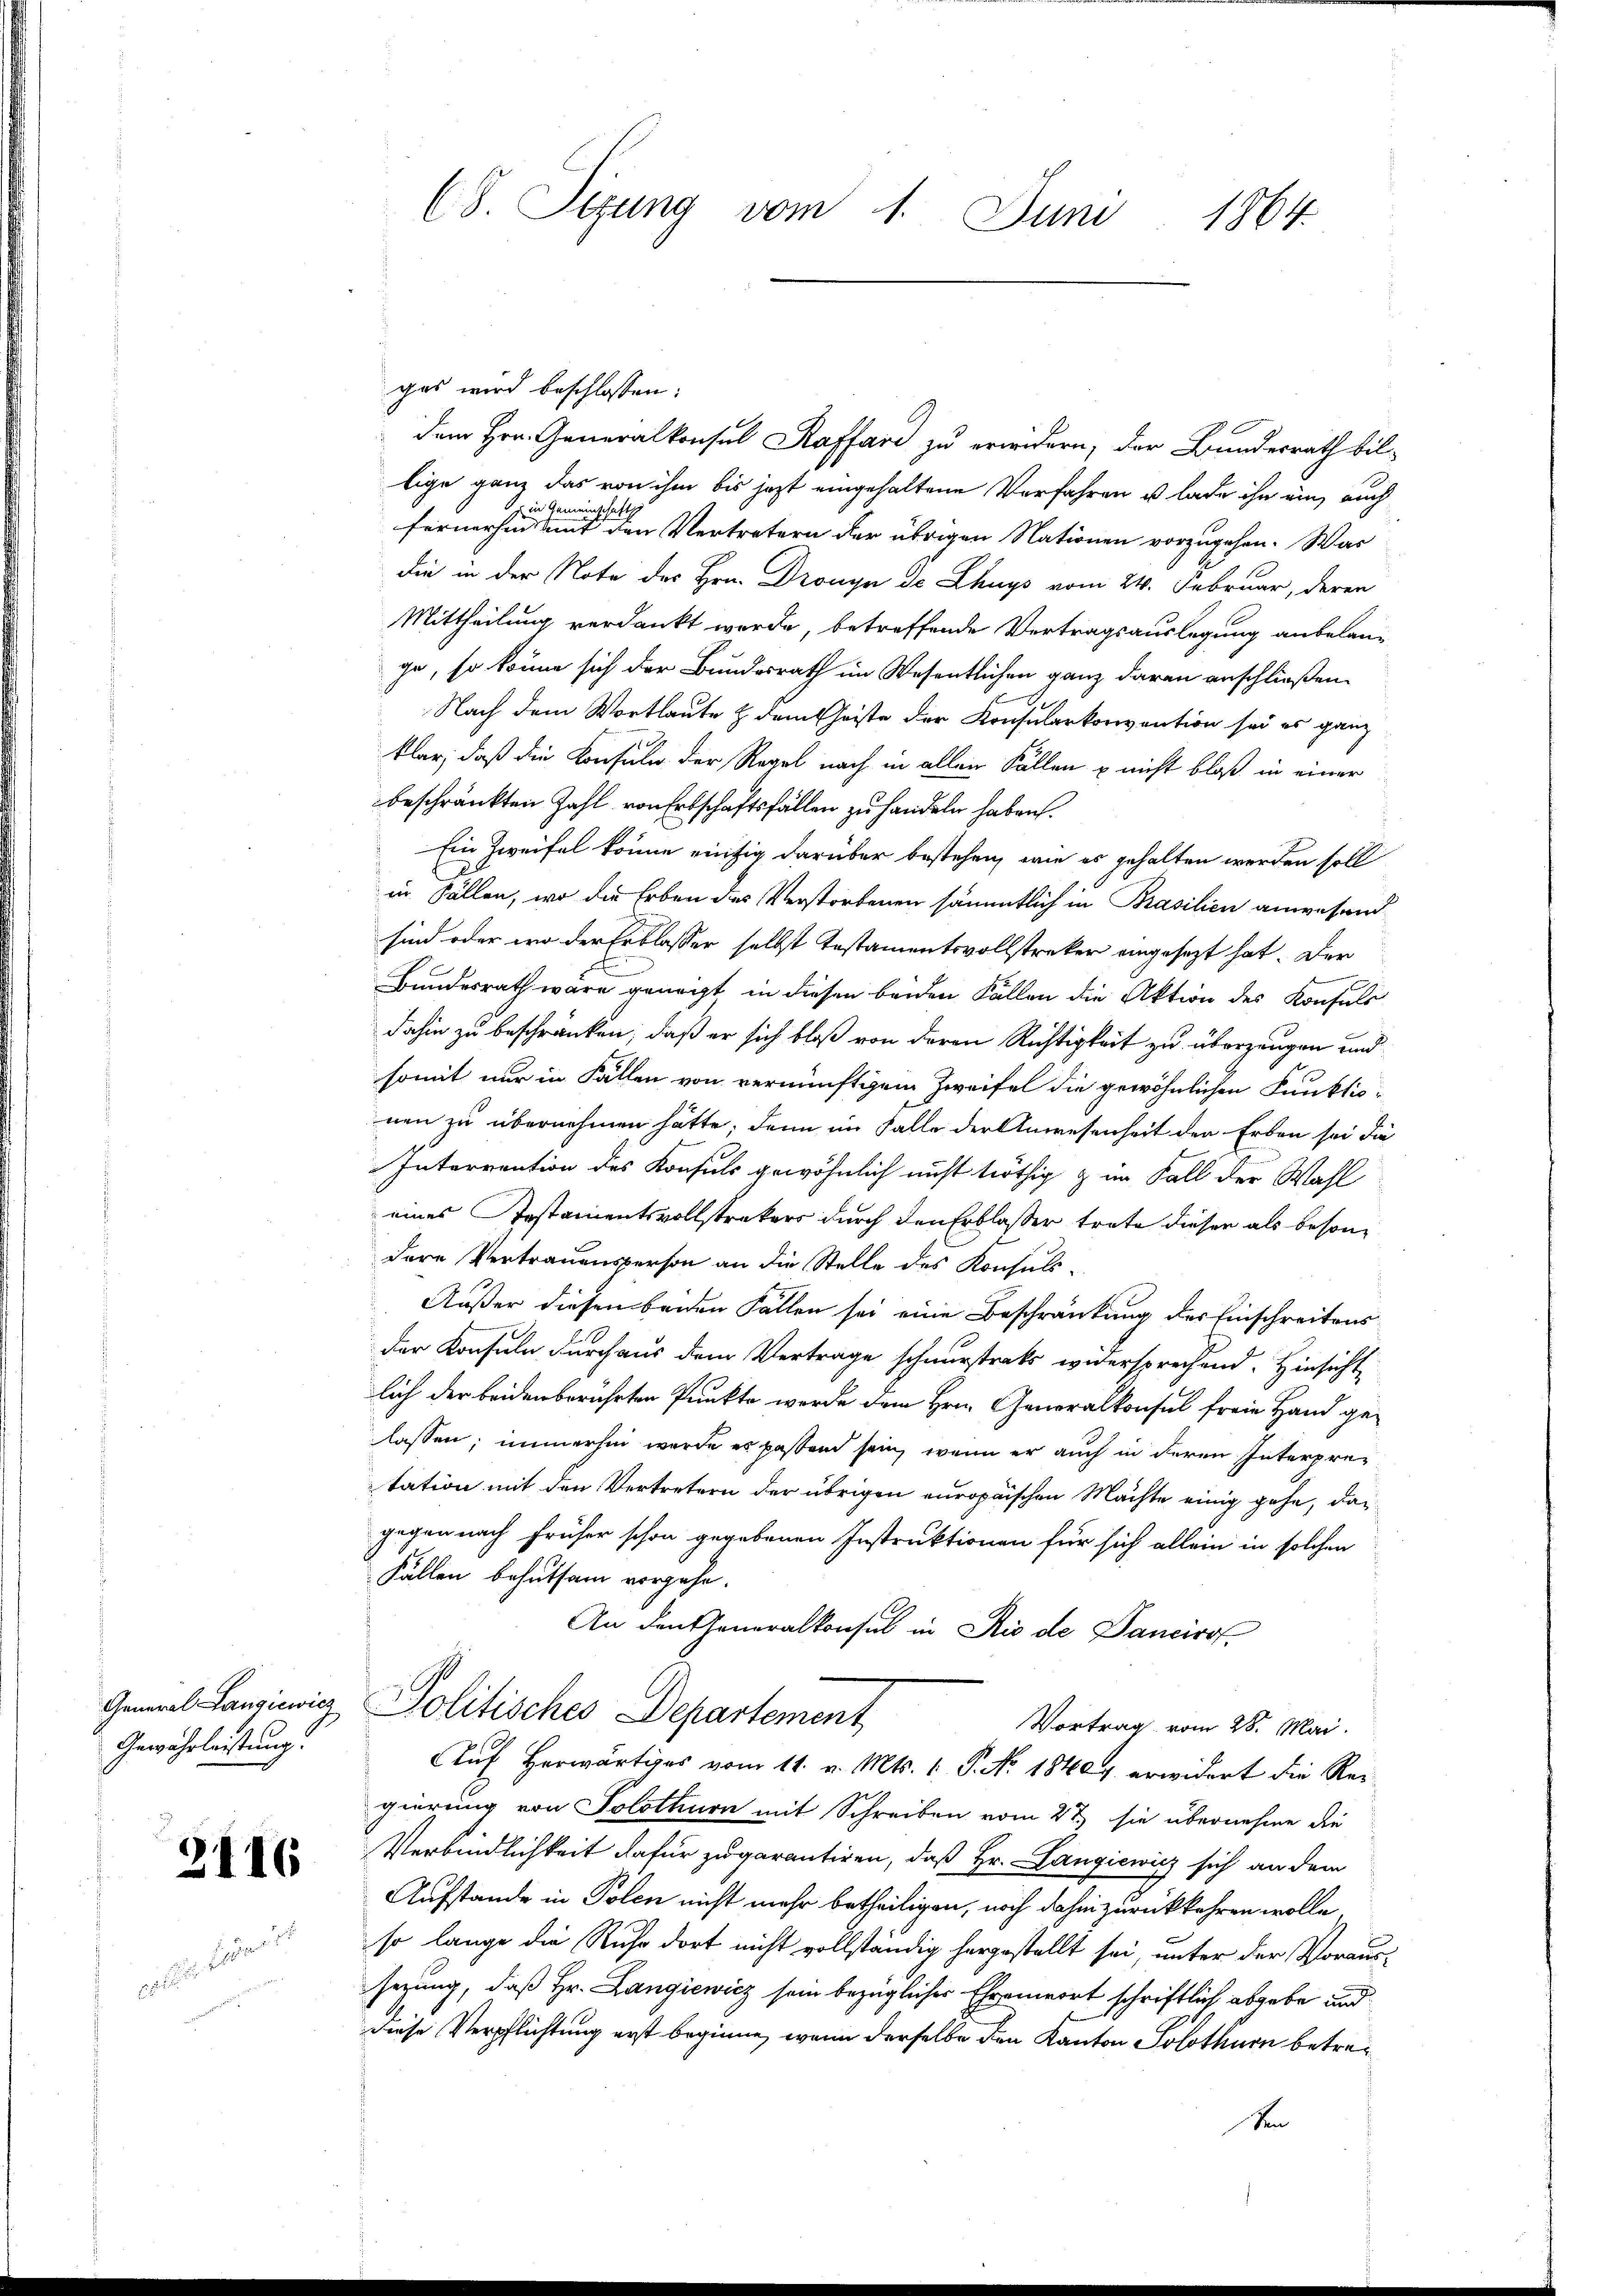
General Langiewicz
Gewährleistung.

1

2116

CS. Tizung vom 1. Juni 1864

gas wird beschlossen:
dem Hrn. Generalkonsul Raffare zu erwidern, der Bundesrath bil-
lige ganz das von ihm bis jetzt eingehaltene Verfahren u. lade ihn ein, auch
fernerhin eine eine eine einen den Vertretern der übrigen Nationen vorzugehen. War
die in der Note des Hrn. Dronyn de Lhuys vom 24. Februar, deren
Mittheilung verdankt werde, betreffende Vertragsauslegung anbelan-
ge, so könne sich der Bundesrath im Wesentlichen ganz daran anschließen.
Nach dem Wortlaute & dem Christe der Konsularkorivention sei es ganz
klar, daß die Konsuln der Regel nach in allen Fällen u nicht bloß in einer
beschränkten Zahl von Erbschaftsfällen zu handeln haben.
Ein Zweifel könne einzig darüber bestehen, wie es gehalten werden soll
i Fällen, wo die Erben des Verstorbenen sämmtlich in Prasilien anwesend
sind oder wo der Erblasser selbst Testamentsvollstreker eingesezt hat. Der
Bundesrath wäre genecht in diesen beiden Fällen die Aktion des Konsuls
dahin zu beschränken, daß er sich bloß von deren Richtigkeit zu überzeugen und
somit nur in Fällen von vernünftigem Zweifel die gewöhnlichen Funktio
nen zu übernehmen hätte; dann im Falle der Anwesenheit den Erben sei die
Interrention des Konsuls gewöhnlich nicht nöthig & im Fall der Wahl
eines Instamentsvollstrakers durch den Erblasser trate dieser als besondere Vertrauensperson an die Stelle des Konsuls-
Außer diesen beiden Fällen sei eine Beschränkung der Einschreitens
der Konsuln durchaus dem Vertrage schnurstrats widersprechend. Hinsicht
lich der beiden berührten Punkte werde dem Hrn. Generalkonsul freie Hand gelassen; immerhin werde es paßten sein, wenn er auch in deren Interpretation mit den Vertretern der übrigen europäischen Mächte einig gehe, das
gegen nach früher schon gegebenen Instruktionen für sich allein in solchen
Fällen behutsam vorgehe.
An den Generalkonsul in Rio de Dancirof-
Politisches Departement
Vortrag vom 28. Mai.
Auf Herwärtiges vom 11. v. Mts. 1. P. No. 1840 erwidert die Regierung von Solothurn mit Schreiben vom 27. sie übernehme die
Verbindlichkeit dafür zugarantiren, daß Hr. Langiewicz sich an dem
Aufstande in Polen nicht mehr betheiligen, noch dahin zurückkehren wolle
so lange die Ruhe dort nicht vollständig hergestellt sei, unter der Voraus-
sezung, daß Hr. Langiewicz sein bezügliches Ehrenwort schriftlich abgebe und
diese Verpflichtung erst beginne, wenn derselbe den Kanton Solothurn betreen